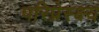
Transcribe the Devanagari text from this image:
परिप्रेस्क्ष्य